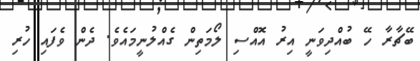
ބޭޗާރާ ހޭ ބުއްދިވަނީ އިރު އޮއްސި ލޯމަތިން ގެއްލުނީމައެވެ. ދެން ވެފައި ހުރި